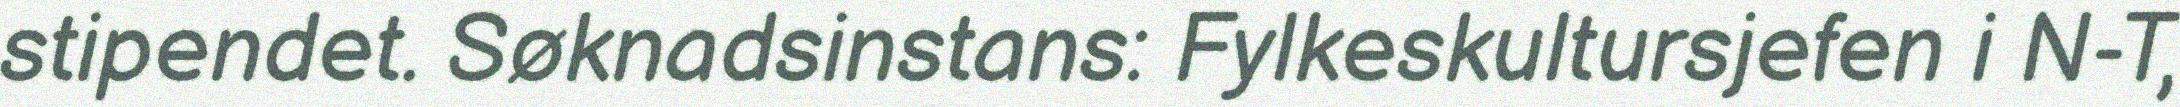
stipendet. Søknadsinstans: Fylkeskultursjefen i N-T,